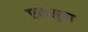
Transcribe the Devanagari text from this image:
एकमुक्त